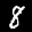
Label: 8